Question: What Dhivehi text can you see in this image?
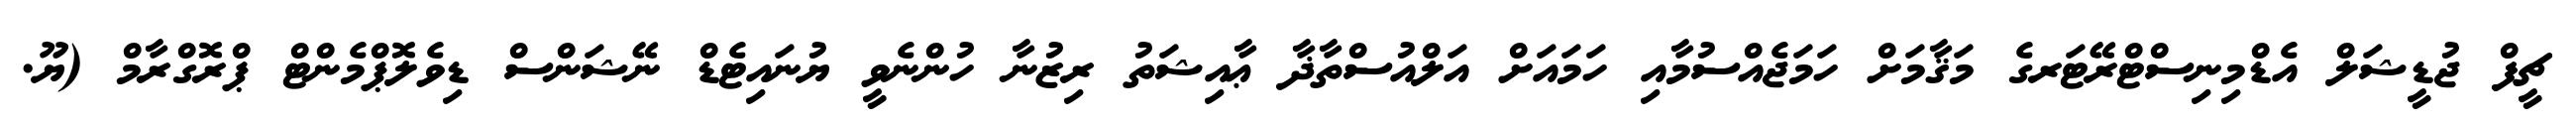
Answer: ޗީފް ޖުޑީޝަލް އެޑްމިނިސްޓްރޭޓަރގެ މަޤާމަށް ހަމަޖެއްސުމާއި ހަމައަށް އަލްއުސްތާޛާ ޢާއިޝަތު ރިޒުނާ ހުންނެވީ ޔުނައިޓެޑް ނޭޝަންސް ޑިވެލޮޕްމެންޓް ޕްރޮގްރާމް (ޔޫ.